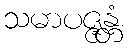
သမာပဇ္ဇန္တံ